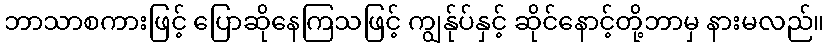
ဘာသာစကားဖြင့် ပြောဆိုနေကြသဖြင့် ကျွန်ုပ်နှင့် ဆိုင်နောင့်တို့ဘာမှ နားမလည်။